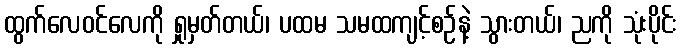
ထွက်လေဝင်လေကို ရှုမှတ်တယ်၊ ပထမ သမထကျင့်စဉ်နဲ့ သွားတယ်၊ ညကို သုံးပိုင်း